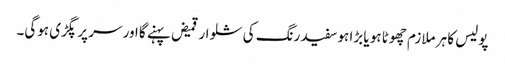
پولیس کا ہر ملازم چھوٹا ہو یا بڑا ہو سفید رنگ کی شلوار قمیض پہنے گا اور سر پر پگڑی ہوگی۔